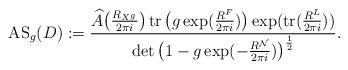
LaTeX: \begin{align*}{\rm AS}_g(D):=\frac{\widehat{A}\big(\frac{R_{X^g}}{2\pi i}\big) \operatorname{tr}\big(g \exp(\frac{R^F}{2\pi i})\big) \exp(\operatorname{tr}(\frac{R^L}{2\pi i}))}{\operatorname{det}\big(1-g \exp(-\frac{R^{\mathcal{N}}}{2\pi i})\big)^{\frac{1}{2}}}.\end{align*}